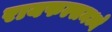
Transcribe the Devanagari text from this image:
रायफल्समध्ये